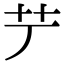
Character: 𦫺